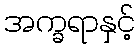
အက္ခရာနှင့်